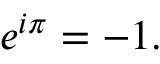
e ^ { i \pi } = - 1 .